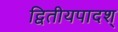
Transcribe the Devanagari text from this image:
द्वितीयपादश्